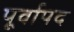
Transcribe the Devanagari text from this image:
पूर्वापद